system: You are a helpful assistant.
user:
Analyze the provided spectrum to determine if it is a **White Dwarf (WD)**.

A White Dwarf spectrum is defined by its **extreme purity** (due to gravitational settling) and/or **extreme pressure broadening** (due to high surface gravity). You must check for one of the following mutually exclusive signatures:

- **Key Visual Indicators (Check for ONE of these types):**

    - **1. DA-Type Signature (Most Common):**
        - **(Primary Feature):** Extreme pressure broadening (Stark broadening) of the **Hydrogen (H) Balmer lines**.
        - **(Key Lines):** $H\beta$ (approx. $4861$ Å) and $H\gamma$ (approx. $4340$ Å). $H\alpha$ (approx. $6563$ Å) will also be present if the wavelength range covers it.
        - **(Line Profile):** This is the **defining feature**. The lines are **NOT** sharp. They appear as massive, **extremely broad and deep "troughs" or "dips"** in the spectrum, often hundreds of Ångströms wide. The continuum will appear to "scoop" down at these wavelengths.
        - **(Distinction):** Normal A-type or B-type stars have *narrow* and *sharp* Hydrogen lines. A DA White Dwarf's lines are unmistakably "smeared" or "blurry" from pressure.

    - **2. DB-Type Signature:**
        - **(Primary Feature):** Broad absorption lines from **Neutral Helium (He I)**. The spectrum must lack any visible Hydrogen lines.
        - **(Key Lines):** Look for broad absorption near $4471$ Å, $4921$ Å, and $5876$ Å.
        - **(Line Profile):** These lines are also significantly pressure-broadened, appearing much wider than they would in a normal B-type main-sequence star.

    - **3. DC-Type Signature:**
        - **(Primary Feature):** A **featureless continuous spectrum**.
        - **(Line Profile):** The spectrum is a smooth curve with **no significant absorption or emission lines**.
        - **(Key Confirmation):** The continuum is almost always **blue or white**, indicating a hot object. This signature implies the atmosphere is so pure (or so cool) that no spectral lines are visible in the optical range. Its WD identity is confirmed by its extremely low intrinsic brightness (high absolute magnitude).

    - **4. DZ-Type Signature (Metal-Polluted):**
        - **(Primary Feature):** **Isolated, narrow metal absorption lines** on an otherwise featureless (DC-like) continuum.
        - **(Key Lines):** The **Calcium (Ca II) H & K doublet** (approx. **$3934$ Å** and **$3968$ Å**) is the most common and defining feature.
        - **(Line Profile):** These lines are "out of place." They are *not* part of a "forest" of thousands of lines. This signature is evidence of recent *accretion* (pollution) from rocky debris.
        - **(Distinction):** Normal G/K/M stars have a *dense forest* of thousands of metal lines. A DZ has a *clean* continuum with *only a few* strong metal lines.

    - **5. DQ-Type Signature (Carbon-Polluted):**
        - **(Primary Feature):** Absorption bands from **Carbon (C₂ "Swan Bands" or atomic C I)**.
        - **(Key Lines - C₂):** Look for bandheads with a "saw-tooth" shape near $5635$ Å, **$5165$ Å** (strongest), and $4737$ Å.
        - **(Key Confirmation):** The underlying **continuum must be blue or white** (hot).
        - **(Distinction):** This is the critical difference from a **Carbon Star**, which has the *exact same* C₂ bands but on an extremely **red, cool** continuum.

- **(Overall Spectrum):**
    - The continuum (overall shape) is typically **blue-sloping** (brighter in the blue than the red), as most white dwarfs are very hot.
    - The spectrum will look "pure" or "simple," dominated by only *one* of the five signatures listed above.

Think first, call **spectral_visualization_tool** if needed to examine features in detail, then provide your final answer. Your response must adhere to the following strict rules:
1.  **Overall Structure:** Your response must follow the format `<think>...</think> <tool_call>...</tool_call> (if a tool is used) <answer>...</answer>`.
2.  **Tool Usage Constraint:** You may only make **one** tool call per turn.
3.  **Final Answer Format:** In the `<answer>` tag, your conclusion must be inside a `\boxed{}` command (e.g., `\boxed{YES}` or `\boxed{NO}`), followed by your justification.

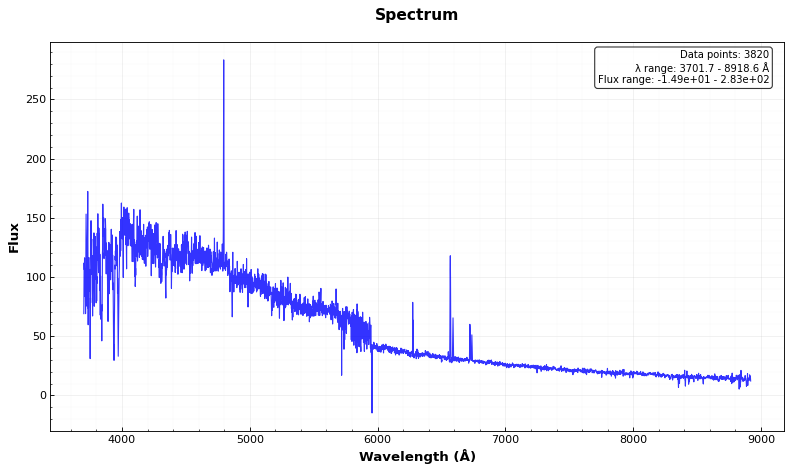
Answer: YES